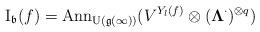
LaTeX: \begin{align*}\operatorname{I}_\mathfrak b(f)=\operatorname{Ann}_{\operatorname{U}(\mathfrak g(\infty))}(V^{Y_l(f)}\otimes ({\bf \Lambda}^\cdot)^{\otimes q})\end{align*}